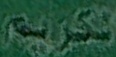
الكریم